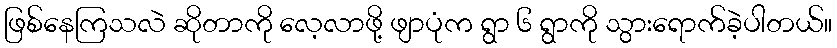
ဖြစ်နေကြသလဲ ဆိုတာကို လေ့လာဖို့ ဖျာပုံက ရွာ ၆ ရွာကို သွားရောက်ခဲ့ပါတယ်။